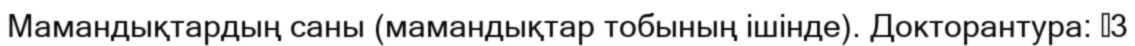
Мамандықтардың саны (мамандықтар тобының ішінде). Докторантура: 	3